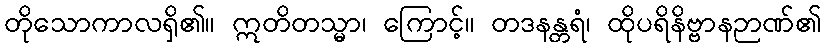
တိုသောကာလရှိ၏။ ဣတိတသ္မာ၊ ကြောင့်။ တဒနန္တရံ၊ ထိုပရိနိဗ္ဗာနဉာဏ်၏